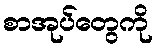
စာအုပ်တွေကို